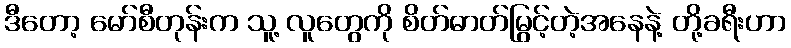
ဒီတော့ မော်စီတုန်းက သူ့ လူတွေကို စိတ်ဓာတ်မြွင့်တဲ့အနေနဲ့ တို့ခရီးဟာ